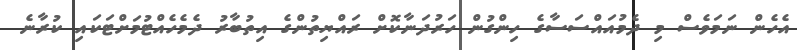
އެހެން ނަމަވެސް މި ދެމުއައްސަސާގެ ހިންގުން ހަރުދަނާކޮށް ރައްޔިތުންގެ އިތުބާރު ދެމެހެއްޓުމަށްޓަކައި ކުރާނެ